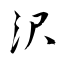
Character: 沢